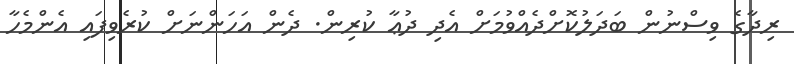
ރިދާގެ ވިސްނުން ބަދަލުކޮށްދެއްވުމަށް އެދި ދުޢާ ކުރިން. ދެން އަހަންނަށް ކުރެވިފައި އެންމެހާ